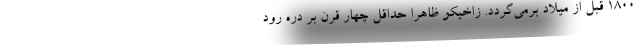
1800 قبل از میلاد برمی‌گردد. زاخیکو ظاهرا حداقل چهار قرن بر دره رود